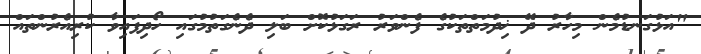
"އަޅުގަނޑުމެން މިހާރު ދޭ ޚިދުމަތްތަކުގެ ފެންވަރު ރަގަޅުކޮށް ބަލި ދެނެގަތުމުގައި ހޯދިފައިވާ ކުރިއެރުންތައް